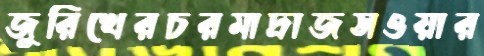
জুরিখেরচরমাদ্রাজসওয়ার